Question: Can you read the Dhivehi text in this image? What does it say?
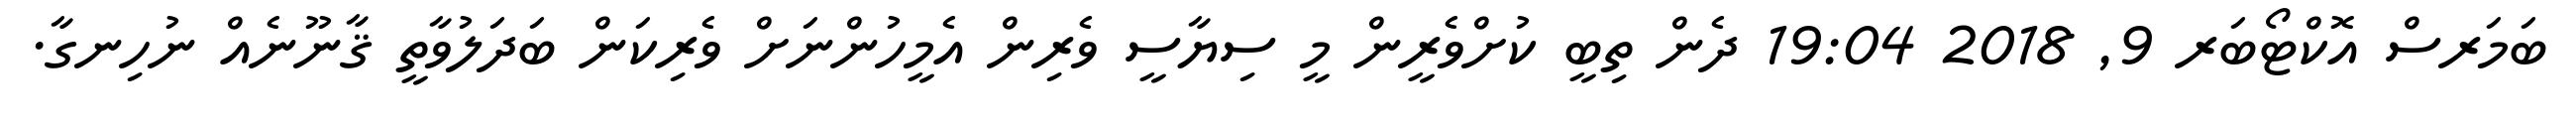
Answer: ބަމަރސް އޮކްޓޯބަރ 9, 2018 19:04 ދެން ތިބީ ކުށްވެރީން މީ ސިޔާސީ ވެރިން އެމީހުންނަށް ވެރިކަން ބަދަލުވާތީ ޤާނޫނެއް ނުހިނގާ.